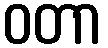
ဝတာ